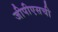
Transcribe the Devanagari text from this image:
जीपीएसची